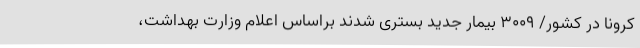
کرونا در کشور/ ۳۰۰۹ بیمار جدید بستری شدند براساس اعلام وزارت بهداشت،